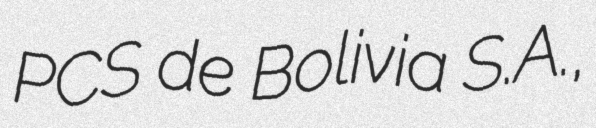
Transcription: PCS de Bolivia S.A.,